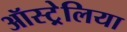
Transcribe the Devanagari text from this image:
ऑस्ट्र्रेलिया